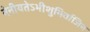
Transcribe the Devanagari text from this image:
नेनीयतेऽभीशुभिर्वाजिन